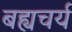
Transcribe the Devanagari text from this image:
बह्यचर्य